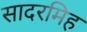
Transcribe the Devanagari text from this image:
सादरमिह